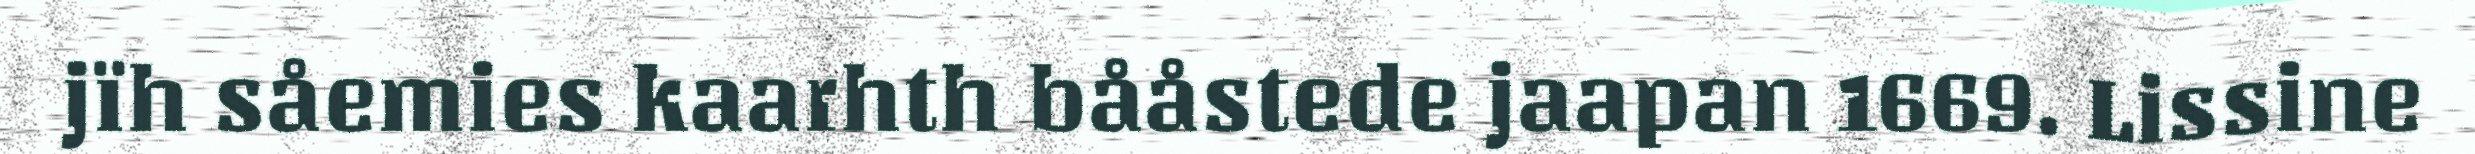
jïh såemies kaarhth bååstede jaapan 1669. Lissine